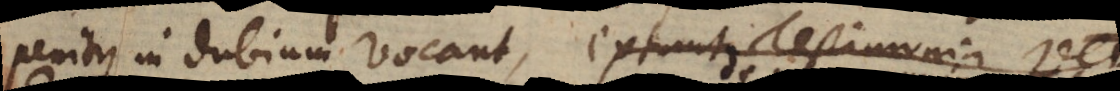
penitus in dubium vocant, extant testimonia veter